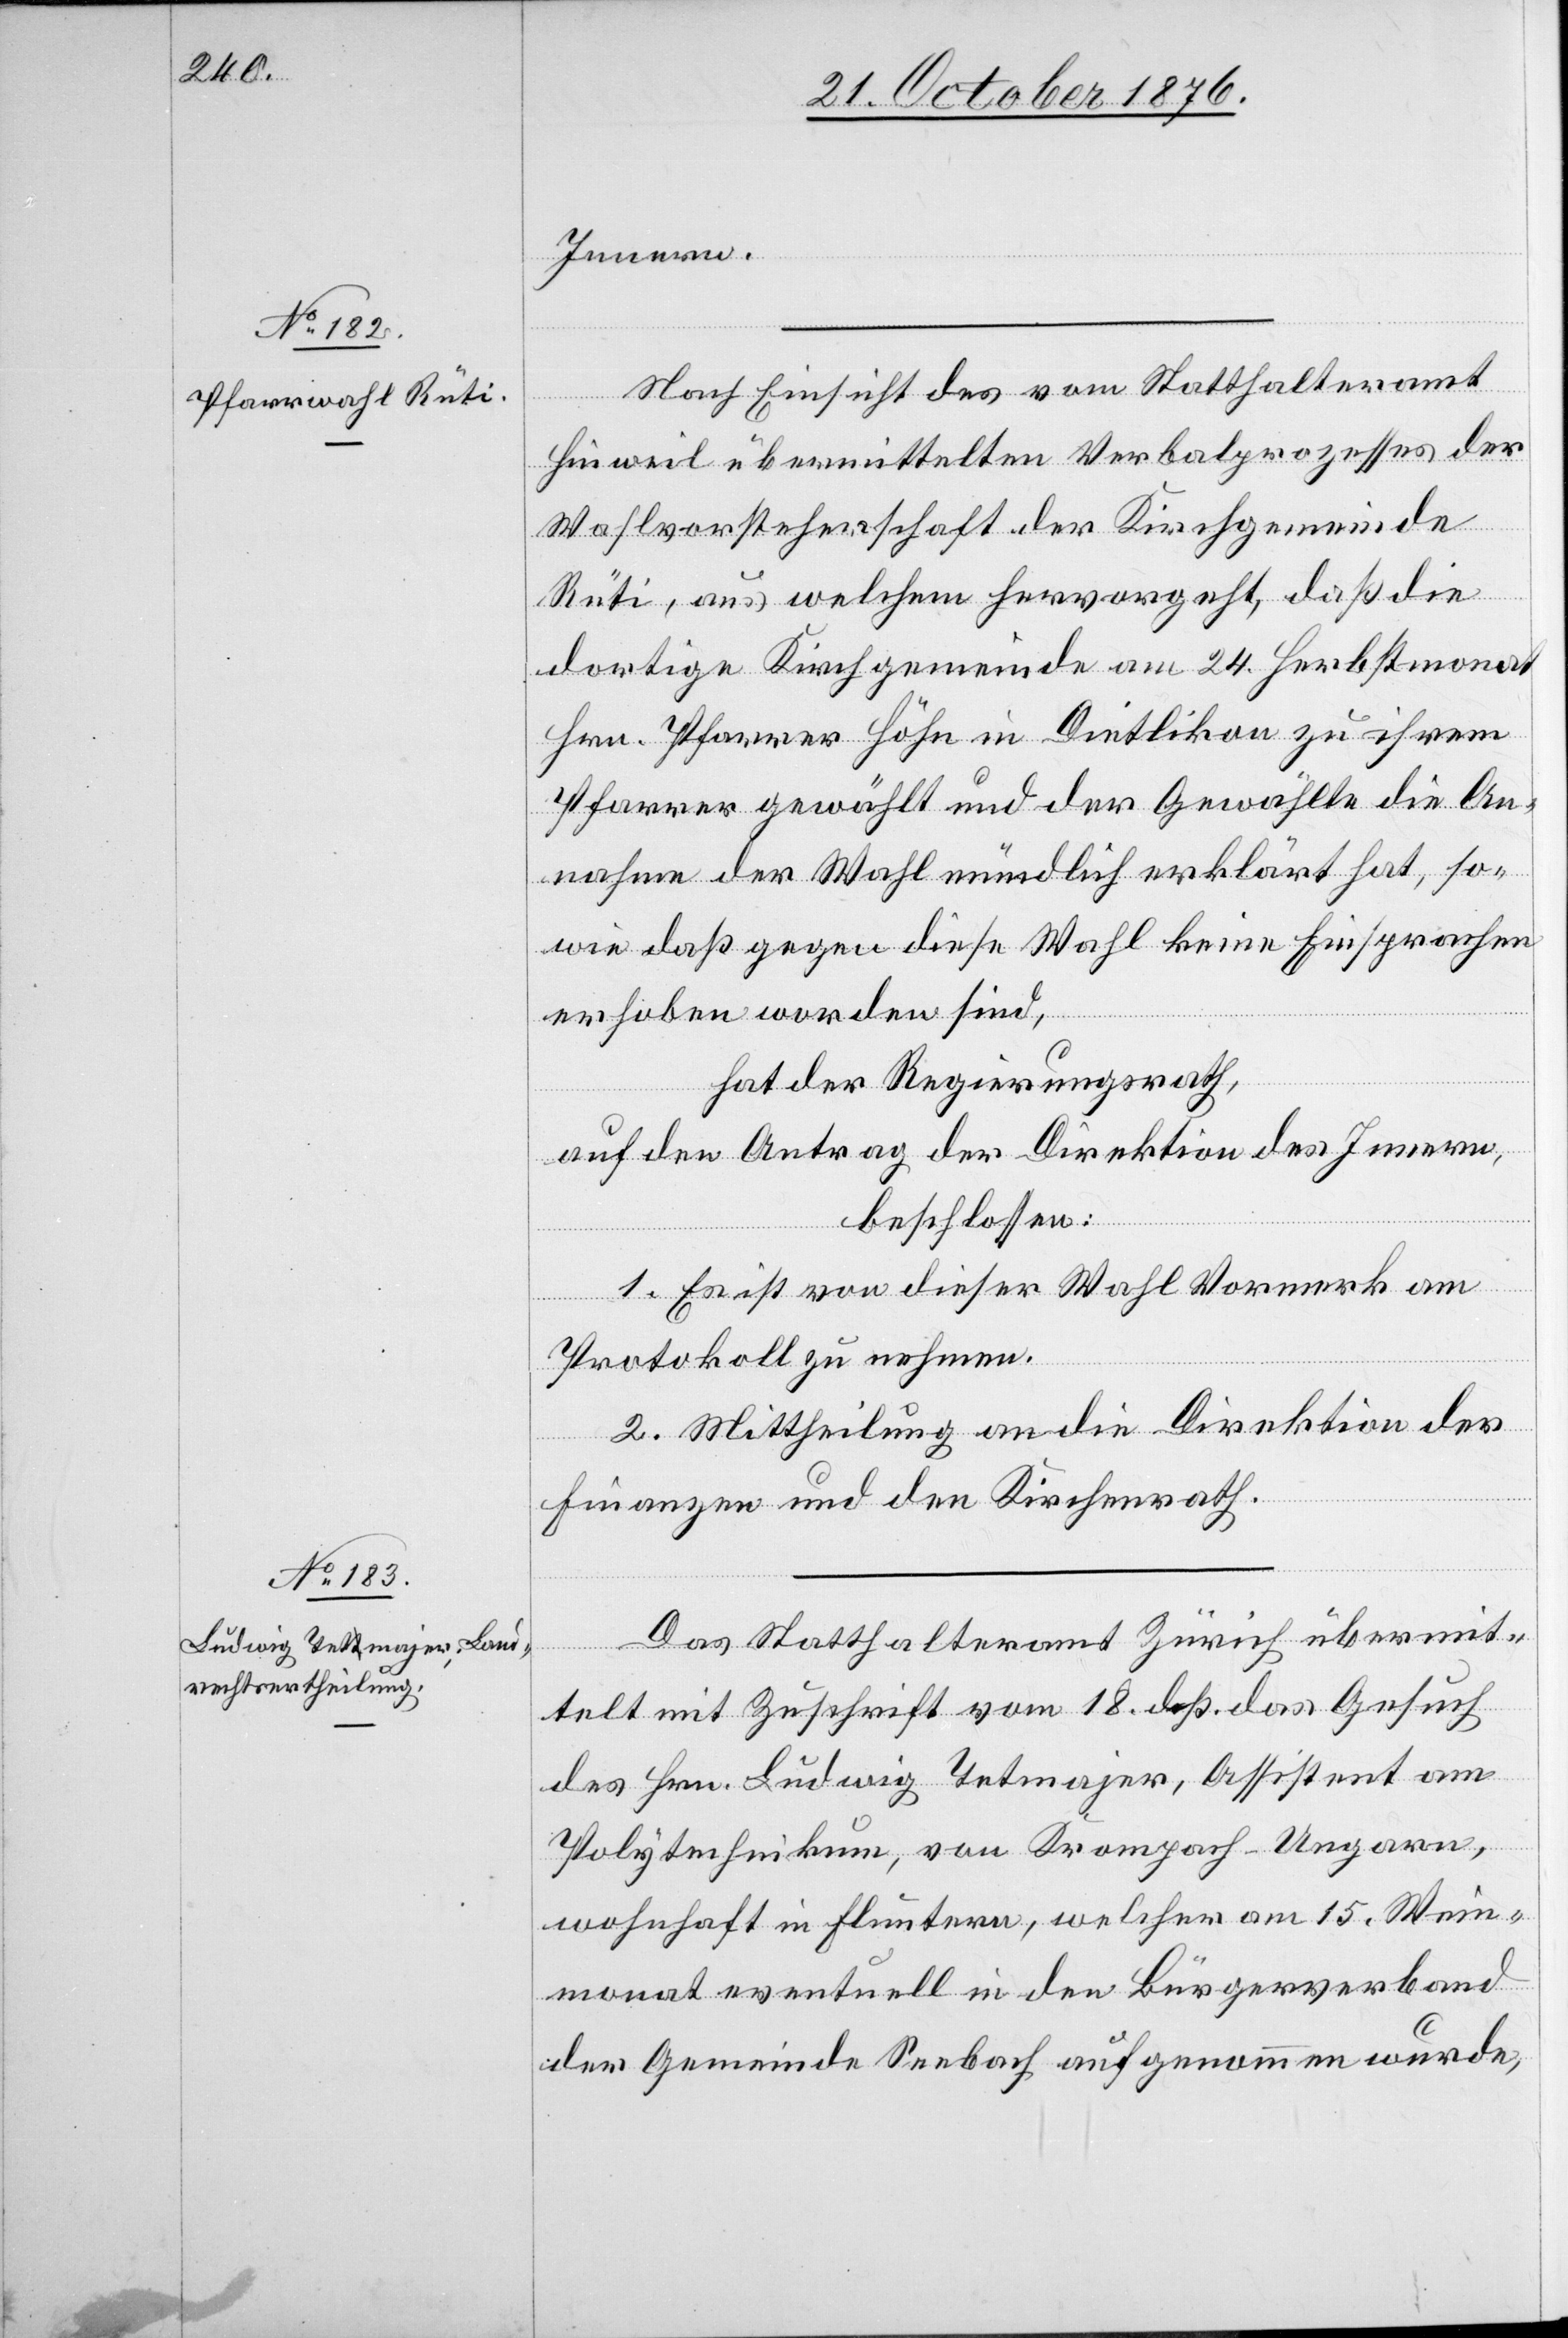
Innern.
Nach Einsicht des vom Statthalteramt
Hinweil übermittelten Verbalprozesses der
Wahlvorsteherschaft der Kirchgemeinde
Rüti, aus welchem hervorgeht, daß die
dortige Kirchgemeinde am 24. Herbstmonat
Hrn. Pfarrer Höhn in Dietlikon zu ihrem
Pfarrer gewählt und der Gewählte die An¬
nahme der Wahl mündlich erklärt hat, so¬
wie daß gegen diese Wahl keine Einsprachen
erhoben worden sind,
hat der Regierungsrath,
auf den Antrag der Direktion des Innern,
beschlossen:
1. Es ist von dieser Wahl Vormerk am
Protokoll zu nehmen.
2. Mittheilung an die Direktion der
Finanzen und den Kirchenrath.
Das Statthalteramt Zürich übermit¬
telt mit Zuschrift vom 18. dß. das Gesuch
des Hrn. Ludwig Tetmajer, Assistent am
Polytechnikum, von Krompach - Ungarn,
wohnhaft in Fluntern, welcher am 15. Wein¬
monat eventuell in den Bürgerverband
der Gemeinde Seebach aufgenommen wurde,